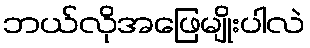
ဘယ်လိုအဖြေမျိုးပါလဲ